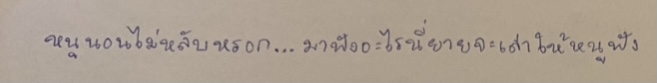
"หนูนอนไม่หลับหรอก...มาฟังอะไรนี่ยายจะเล่าให้หนูฟัง"